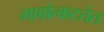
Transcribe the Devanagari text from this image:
भावोत्कटतेत